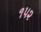
૧પ૨